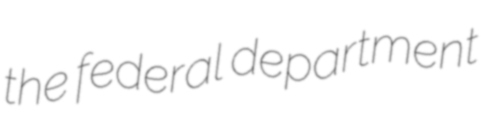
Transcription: the federal department